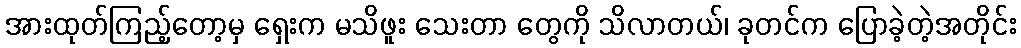
အားထုတ်ကြည့်တော့မှ ရှေးက မသိဖူး သေးတာ တွေကို သိလာတယ်၊ ခုတင်က ပြောခဲ့တဲ့အတိုင်း